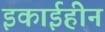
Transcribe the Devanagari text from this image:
इकाईहीन